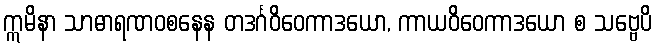
ဣမိနာ သာဓာရဏဝစနေန တဒင်္ဂဝိဝေကာဒယော, ကာယဝိဝေကာဒယော စ သဗ္ဗေပိ